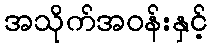
အသိုက်အဝန်းနှင့်